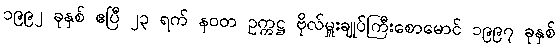
၁၉၉၂ ခုနှစ် ဧပြီ ၂၃ ရက် နဝတ ဥက္ကဋ္ဌ ဗိုလ်မှူးချုပ်ကြီးစောမောင် ၁၉၉၇ ခုနှစ်